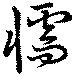
懦